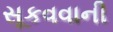
સૂકવવાની